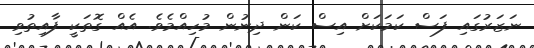
ނަޒަރުގައި ފަސް ކަމަކަށް އިސް ކަން ދިނުން މުހިއްމެވެ. އެއް ގޮތަކީ ފާއިތުވި